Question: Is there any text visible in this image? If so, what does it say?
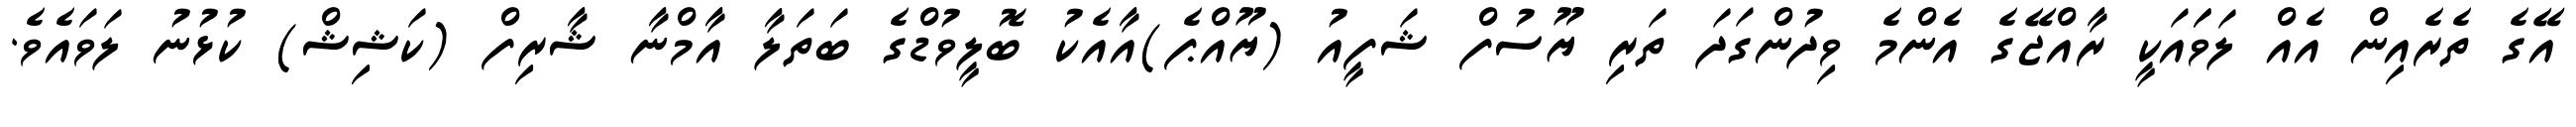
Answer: އޭގެ ތެރެއިން އެއް ލަވަައަކީ ރާއްޖޭގެ އެންމެ ވިދުންގަދަ ތަރި ޔޫސުފް ޝަފީއު (ޔޫއްޕެ)އާއެކު ބޮލީވުޑްގެ ބަތަލާ އާމްނާ ޝާރިފް (ކަޝިޝް) ކުޅުނު ލަވައެވެ.